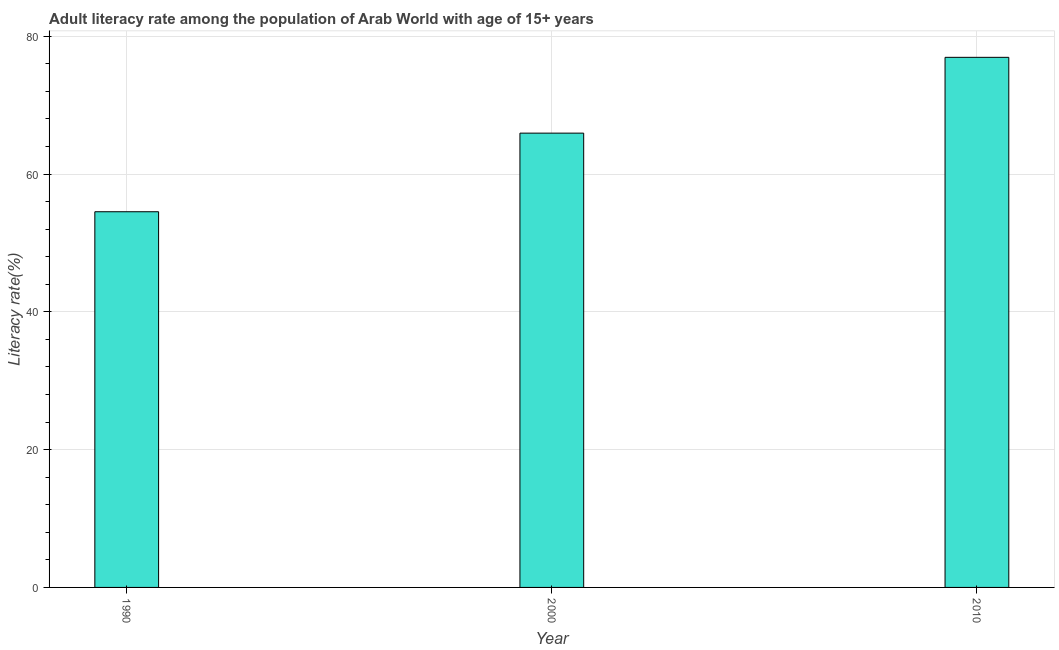
| Year | Adult literacy rate |
 | --- | --- |
 | 1990 | 54.5 |
 | 2000 | 65.9 |
 | 2010 | 77 |